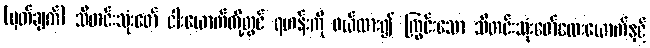
(မှတ်ချက်) သီတင်းသုံးဖော် ငါးယောက်တို့တွင် ရဟန်းကို ဖယ်ထား၍ ကြွင်းသော သီတင်းသုံးဖော်လေးယောက်နှင့်